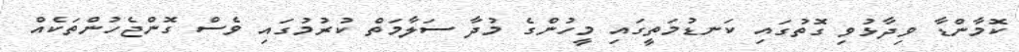
ކޮމާންޑާ ވިދާޅުވި ގޮތުގައި ކަނޑުމަތީގައި މީހުންގެ މުދާ ސަލާމަތް ކުރުމުގައި ވެސް ގޮންޖެހުންތަކެއް